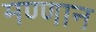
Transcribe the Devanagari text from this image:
मण्णान